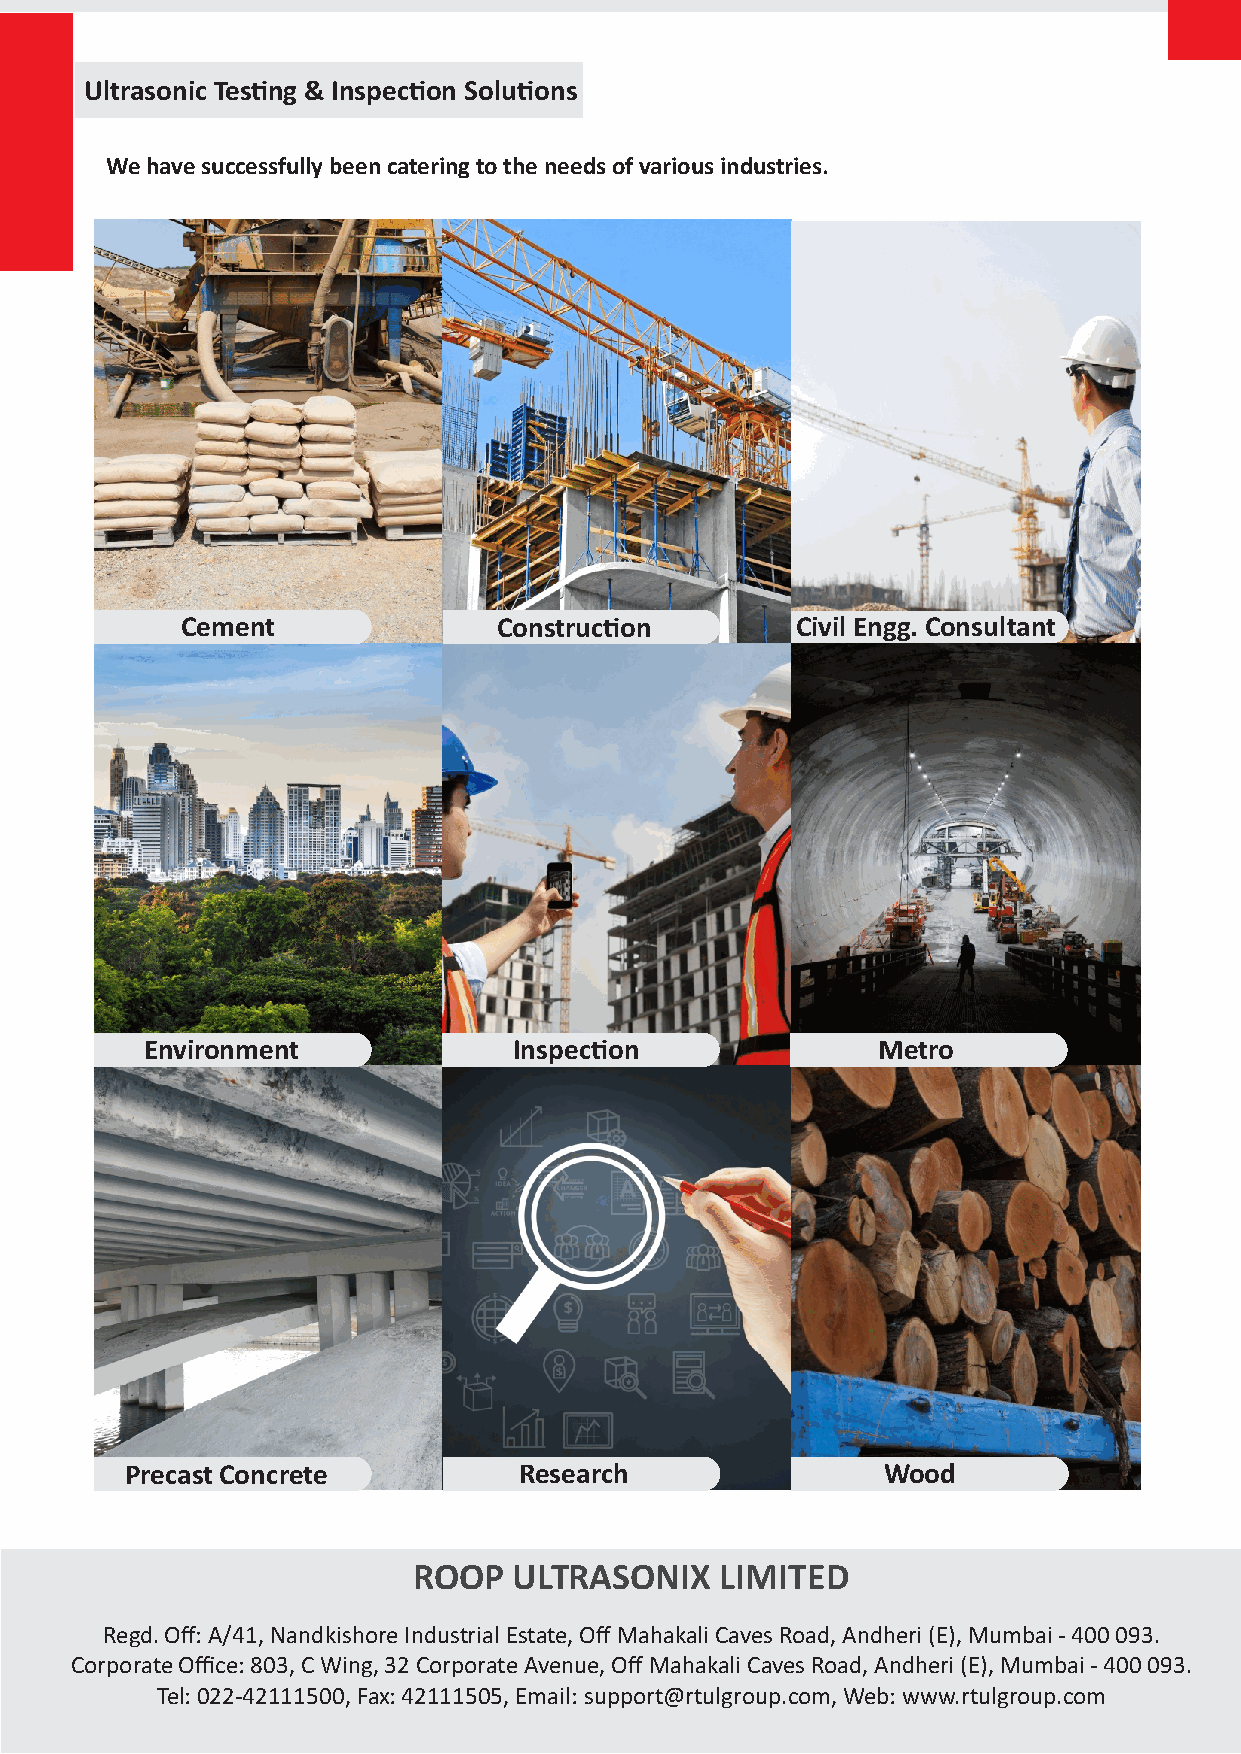
Ultrasonic Tesng & Inspecon Soluons
 We have successfully been catering to the needs of various industries.
 Cement               Construcon         Civil Engg. Consultant
 Environment             Inspecon               Metro
 Precast Concrete          Research                Wood
 ROOP   ULTRASONIX    LIMITED
 Regd. Off: A/41, Nandkishore Industrial Estate, Off Mahakali Caves Road, Andheri (E), Mumbai - 400 093.
 Corporate Office: 803, C Wing, 32 Corporate Avenue, Off Mahakali Caves Road, Andheri (E), Mumbai - 400 093.
 Tel: 022-42111500, Fax: 42111505, Email: support@rtulgroup.com, Web: www.rtulgroup.com